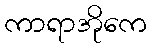
ကာရာအိုကေ